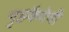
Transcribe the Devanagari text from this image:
गृहकैदेची